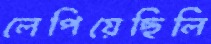
লেপিয়েছিলি